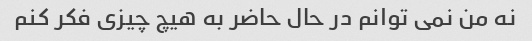
نه من نمی توانم در حال حاضر به هیچ چیزی فکر کنم